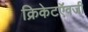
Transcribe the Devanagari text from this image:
क्रिकेटऍवजी